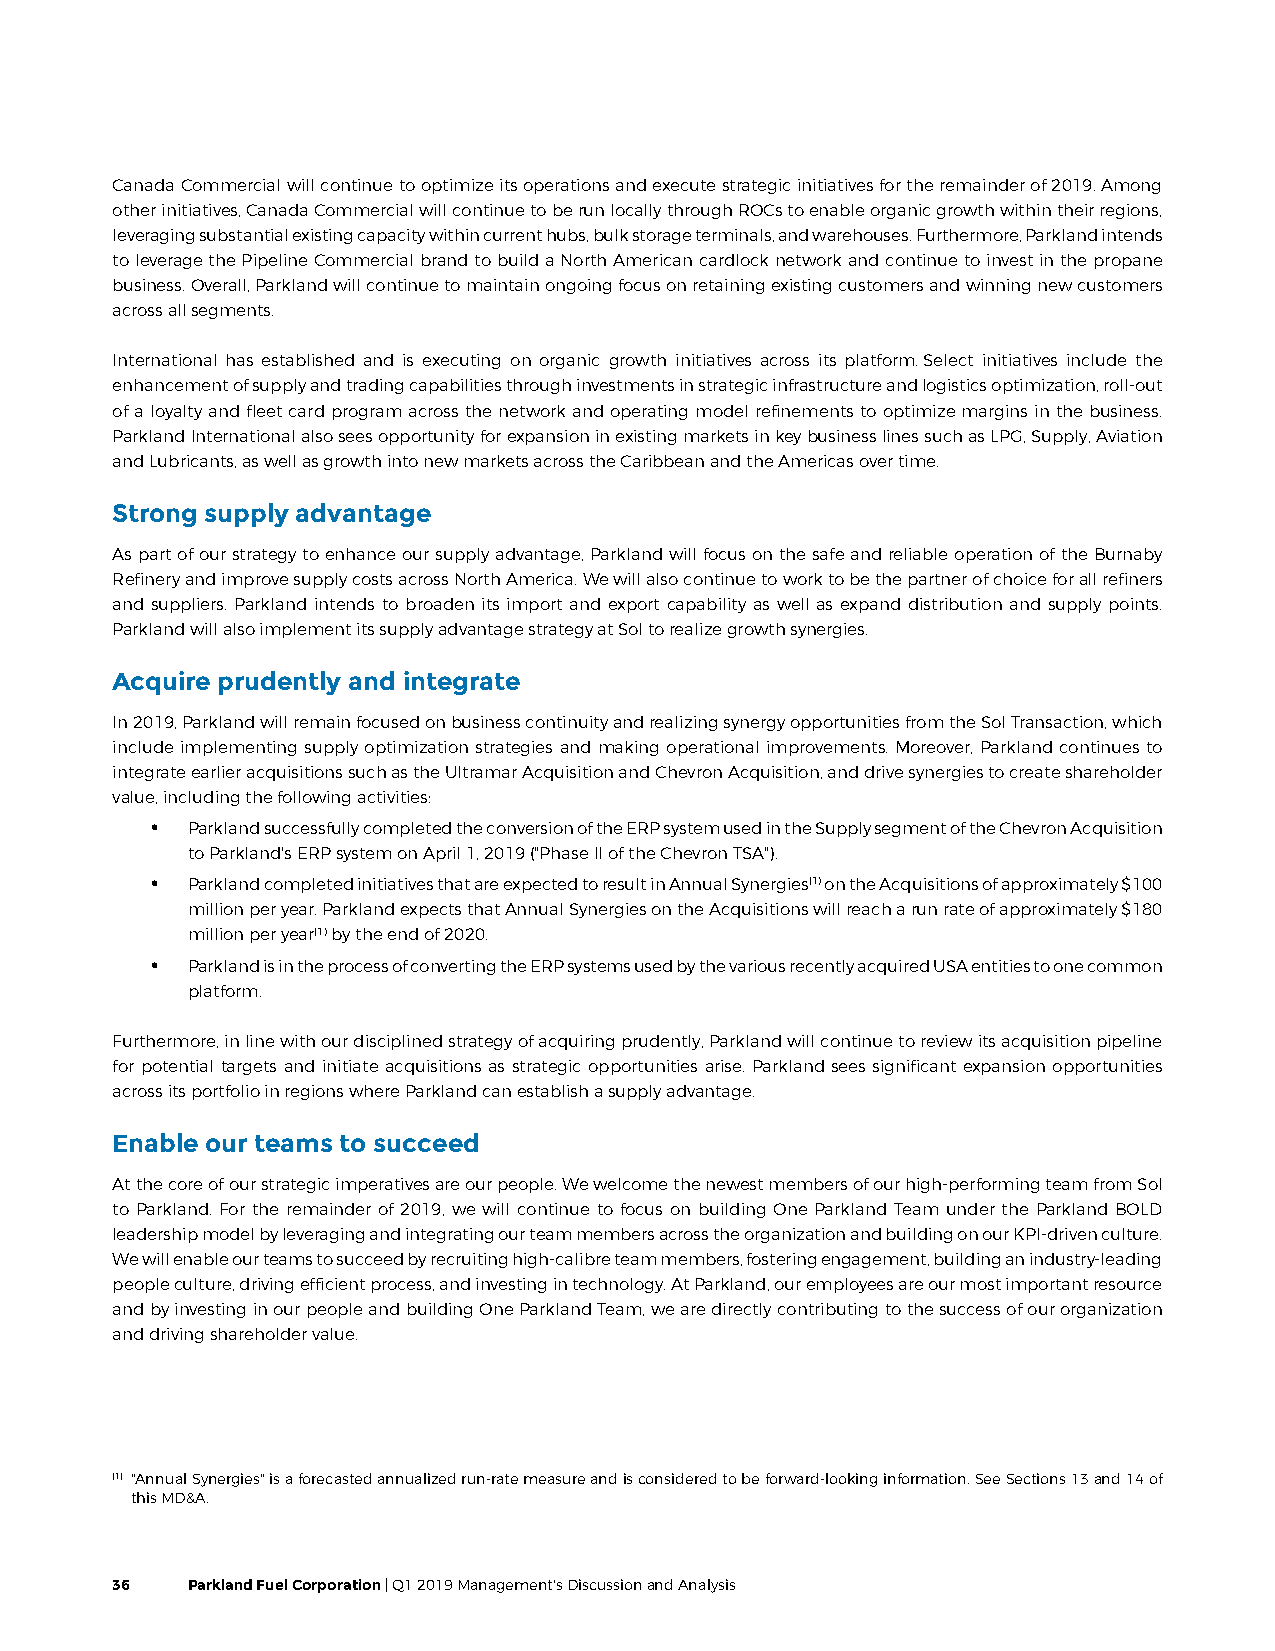
Canada Commercial will continue to optimize its operations and execute strategic initiatives for the remainder of 2019. Among
 other initiatives, Canada Commercial will continue to be run locally through ROCs to enable organic growth within their regions,
 leveraging substantial existing capacity within current hubs, bulk storage terminals, and warehouses. Furthermore, Parkland intends
 to leverage the Pipeline Commercial brand to build a North American cardlock network and continue to invest in the propane
 business. Overall, Parkland will continue to maintain ongoing focus on retaining existing customers and winning new customers
 across all segments.
 International has established and is executing on organic growth initiatives across its platform. Select initiatives include the
 enhancement of supply and trading capabilities through investments in strategic infrastructure and logistics optimization, roll-out
 of a loyalty and fleet card program across the network and operating model refinements to optimize margins in the business.
 Parkland International also sees opportunity for expansion in existing markets in key business lines such as LPG, Supply, Aviation
 and Lubricants, as well as growth into new markets across the Caribbean and the Americas over time.
 Strong supply advantage
 As part of our strategy to enhance our supply advantage, Parkland will focus on the safe and reliable operation of the Burnaby
 Refinery and improve supply costs across North America. We will also continue to work to be the partner of choice for all refiners
 and suppliers. Parkland intends to broaden its import and export capability as well as expand distribution and supply points.
 Parkland will also implement its supply advantage strategy at Sol to realize growth synergies.
 Acquire prudently and integrate
 In 2019, Parkland will remain focused on business continuity and realizing synergy opportunities from the Sol Transaction, which
 include implementing supply optimization strategies and making operational improvements. Moreover, Parkland continues to
 integrate earlier acquisitions such as the Ultramar Acquisition and Chevron Acquisition, and drive synergies to create shareholder
 value, including the following activities:
 • Parkland successfully completed the conversion of the ERP system used in the Supply segment of the Chevron Acquisition
 to Parkland's ERP system on April 1, 2019 ("Phase II of the Chevron TSA").
 • Parkland completed initiatives that are expected to result in Annual Synergies(1) on the Acquisitions of approximately $100
 million per year. Parkland expects that Annual Synergies on the Acquisitions will reach a run rate of approximately $180
 million per year(1) by the end of 2020.
 • Parkland is in the process of converting the ERP systems used by the various recently acquired USA entities to one common
 platform.
 Furthermore, in line with our disciplined strategy of acquiring prudently, Parkland will continue to review its acquisition pipeline
 for potential targets and initiate acquisitions as strategic opportunities arise. Parkland sees significant expansion opportunities
 across its portfolio in regions where Parkland can establish a supply advantage.
 Enable our teams to succeed
 At the core of our strategic imperatives are our people. We welcome the newest members of our high-performing team from Sol
 to Parkland. For the remainder of 2019, we will continue to focus on building One Parkland Team under the Parkland BOLD
 leadership model by leveraging and integrating our team members across the organization and building on our KPI-driven culture.
 We will enable our teams to succeed by recruiting high-calibre team members, fostering engagement, building an industry-leading
 people culture, driving efficient process, and investing in technology. At Parkland, our employees are our most important resource
 and by investing in our people and building One Parkland Team, we are directly contributing to the success of our organization
 and driving shareholder value.
 (1) "Annual Synergies" is a forecasted annualized run-rate measure and is considered to be forward-looking information. See Sections 13 and 14 of
 this MD&A.
 36   Parkland Fuel Corporation | Q1 2019 Management's Discussion and Analysis